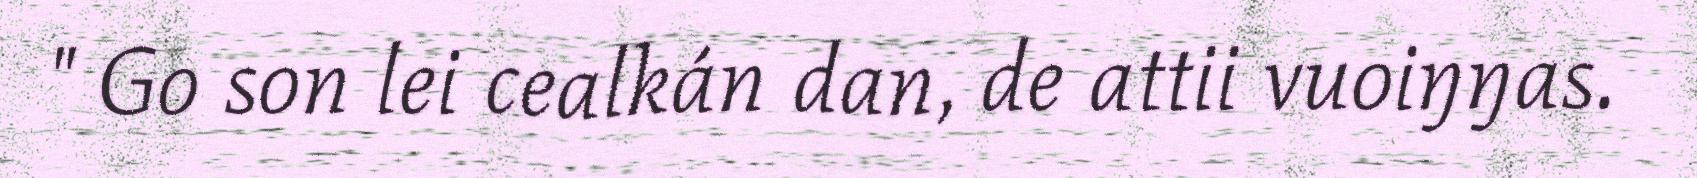
" Go son lei cealkán dan, de attii vuoiŋŋas.